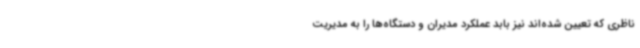
ناظری که تعیین شده‌اند نیز بابد عملکرد مدیران و دستگاه‌ها را به مدیریت